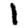
Digit: 1